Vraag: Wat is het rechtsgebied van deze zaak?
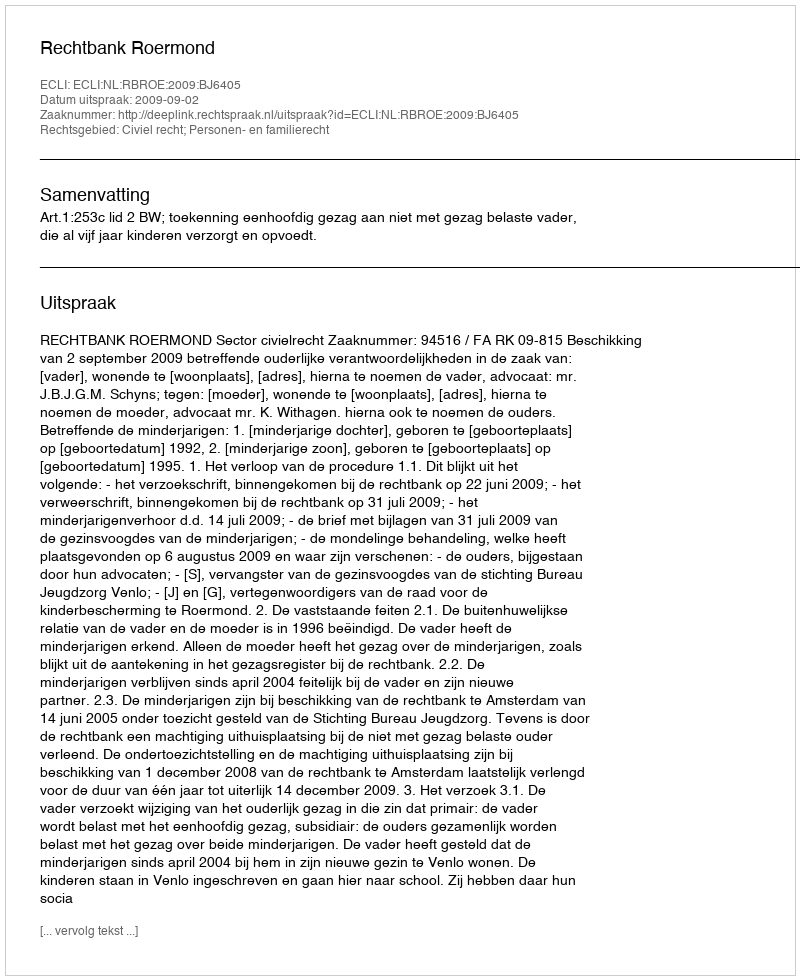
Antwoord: Civiel recht; Personen- en familierecht